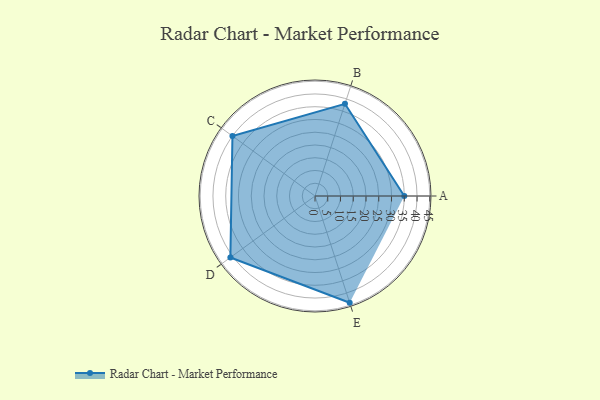
{"axis": {"x": "Skill", "y": "Score"}, "legend": ["Profile"], "data": [{"x": "A", "y": 35.0, "type": "Profile"}, {"x": "B", "y": 38.0, "type": "Profile"}, {"x": "C", "y": 40.0, "type": "Profile"}, {"x": "D", "y": 41.0, "type": "Profile"}, {"x": "E", "y": 44.0, "type": "Profile"}]}